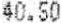
40.50